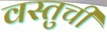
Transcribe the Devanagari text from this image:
वस्तुची